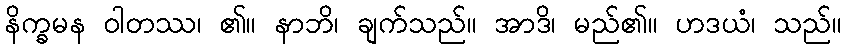
နိက္ခမန ဝါတဿ၊ ၏။ နာဘိ၊ ချက်သည်။ အာဒိ၊ မည်၏။ ဟဒယံ၊ သည်။